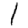
Digit: 1